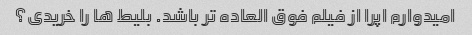
امیدوارم اپرا از فیلم فوق العاده تر باشد. بلیط ها را خریدی؟